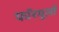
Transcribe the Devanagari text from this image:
फॉरमूलों